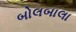
બોલબાલા